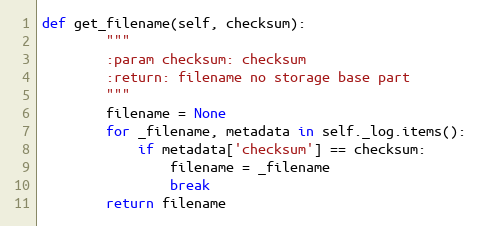
Language: Python
def get_filename(self, checksum):
        """
        :param checksum: checksum
        :return: filename no storage base part
        """
        filename = None
        for _filename, metadata in self._log.items():
            if metadata['checksum'] == checksum:
                filename = _filename
                break
        return filename